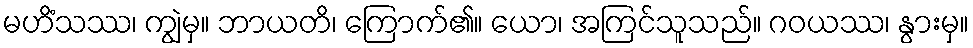
မဟိံသဿ၊ ကျွဲမှ။ ဘာယတိ၊ ကြောက်၏။ ယော၊ အကြင်သူသည်။ ဂဝယဿ၊ နွားမှ။